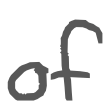
Text: of
Cross-out: clean
Writing tool: digital_gray